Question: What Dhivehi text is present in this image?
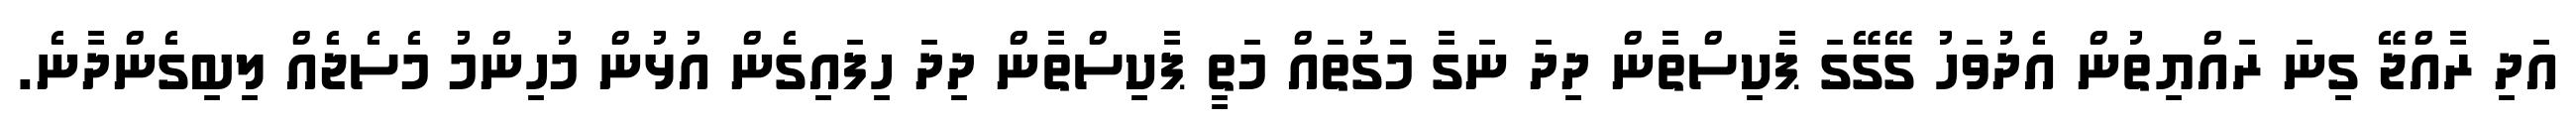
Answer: އަދި ރާއްޖޭ ގިނަ ރައްޔިތުން އެދުވަހު ގޭގޭގަ ޕާކިސްތާން ދިދަ ނަގާ މަގުތައް މަތީ ޕާކިސްތާން ދިދަ ހިފައިގެން އުޅުން މުހިންމު މެސެޖެއް ލިބިގެންދާނެ.